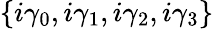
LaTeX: \{ i\gamma_{0},i\gamma_{1},i\gamma_{2},i\gamma_{3}\}